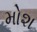
મોશ